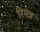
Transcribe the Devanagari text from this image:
रिमन्न